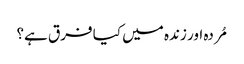
مُردہ اور زندہ میں کیا فرق ہے؟